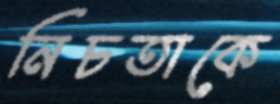
নিচতাকে